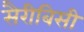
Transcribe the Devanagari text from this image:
सैरीबिसी